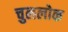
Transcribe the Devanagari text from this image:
चुललोक